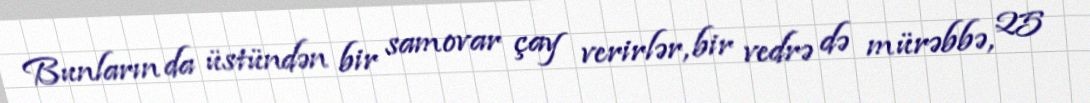
Bunların da üstündən bir samovar çay verirlər, bir vedrə də mürəbbə, 25